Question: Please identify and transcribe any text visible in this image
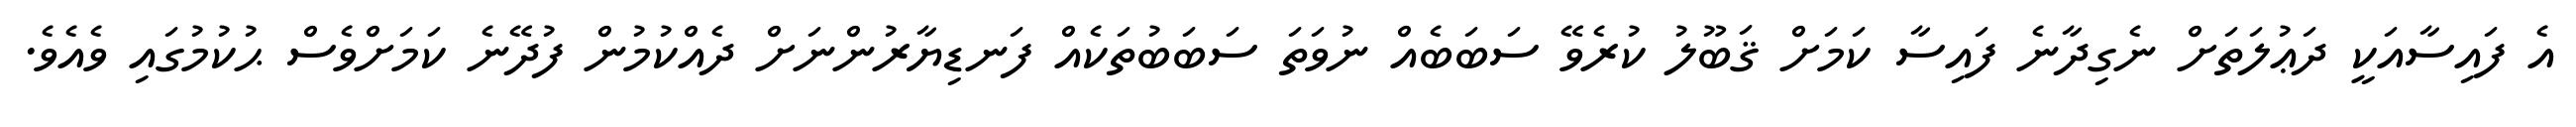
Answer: އެ ފައިސާއަކީ ދަޢުލަތަށް ނެގިދާނެ ފައިސާ ކަމަށް ޤަބޫލު ކުރެވޭ ސަބަބެއް ނުވަތަ ސަބަބުތަކެއް ފަނޑިޔާރުންނަށް ދެއްކުމުން ފުދޭނެ ކަމަށްވެސް ޙުކުމުގައި ވެއެވެ.